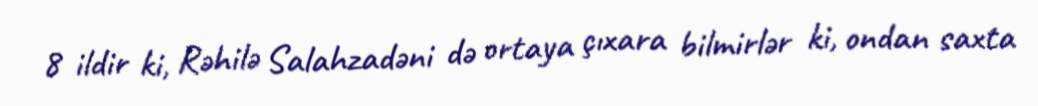
8 ildir ki, Rəhilə Salahzadəni də ortaya çıxara bilmirlər ki, ondan saxta